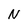
Character: N